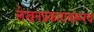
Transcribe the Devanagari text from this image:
लेखनप्रकारावरूनच